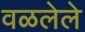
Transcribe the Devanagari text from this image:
वळलेले